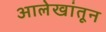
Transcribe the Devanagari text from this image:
आलेखांतून